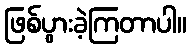
ဖြစ်ပွားခဲ့ကြတာပါ။